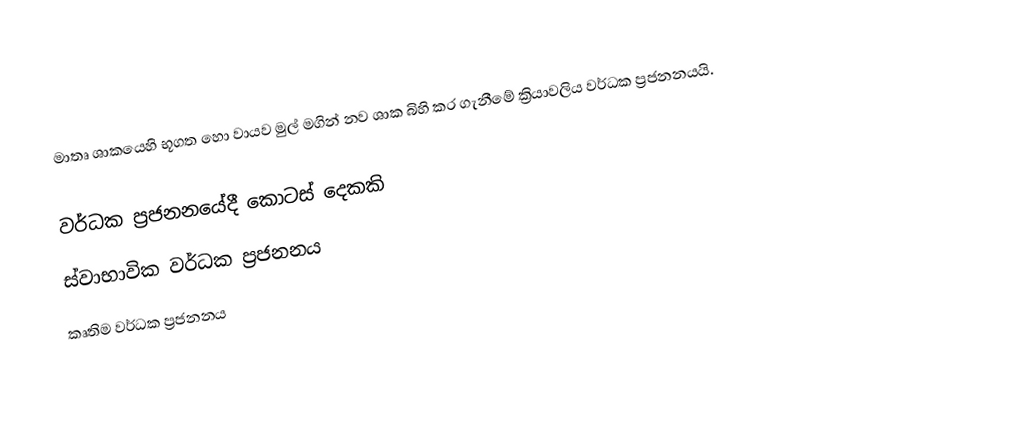
මාතෘ ශාකයෙහි භූගත හො වායව මුල් මගින් නව ශාක බිහි කර ගැනීමේ ක්‍රියාවලිය වර්ධක ප්‍රජනනයයි.

වර්ධක ප්‍රජනනයේදී කොටස් දෙකකි
 ස්වාභාවික වර්ධක  ප්‍රජනනය
 කෘතිම වර්ධක    ප්‍රජනනය